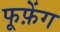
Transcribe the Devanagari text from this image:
फूफ़ेंग